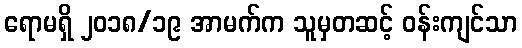
ရောမရှိ ၂၀၁၈/၁၉ အာမက်က သူမှတဆင့် ဝန်းကျင်သာ